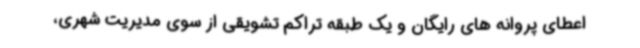
اعطای پروانه های رایگان و یک طبقه تراکم تشویقی از سوی مدیریت شهری،